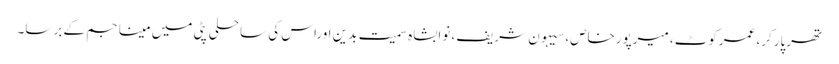
تھرپارکر، عمرکوٹ، میرپورخاص، سیہون شریف، نوابشاہ سمیت بدین اوراس کی ساحلی پٹی میں مینا جم کے برسا۔